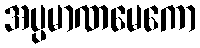
အပ္ပမာဏမေကော